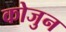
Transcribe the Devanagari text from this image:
कोजुन